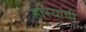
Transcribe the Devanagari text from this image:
हास्याची